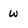
Character: w